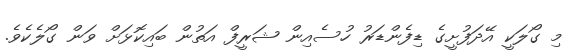
މި ގޯލަކީ އޭދަފުށީގެ ޑިފެންޑަރު ހުސެއިން ޝަރީފް އަތުން ބައިކޮޅަށް ވަން ގޯލެކެވެ.